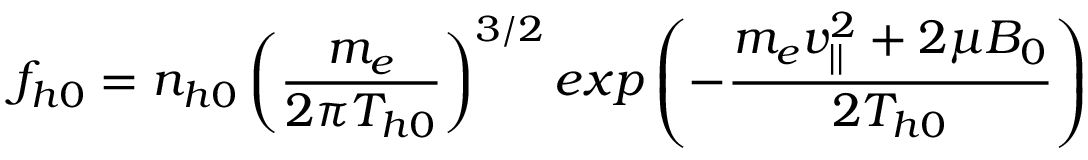
f _ { h 0 } = n _ { h 0 } \left( \frac { m _ { e } } { 2 \pi T _ { h 0 } } \right) ^ { 3 / 2 } e x p \left( - \frac { m _ { e } v _ { | | } ^ { 2 } + 2 \mu B _ { 0 } } { 2 T _ { h 0 } } \right)